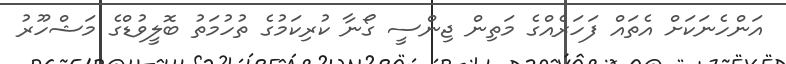
އަންހެނަކަށް އެތައް ފަހަރެއްގެ މަތިން ޖިންސީ ގޯނާ ކުރިކަމުގެ ތުހުމަތު ބޮލީވުޑްގެ މަޝްހޫރު